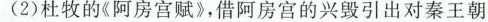
(2)杜牧的《阿房宫赋》，借阿房宫的兴毁引出对秦王朝